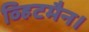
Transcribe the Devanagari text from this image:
व्हिटमैन।